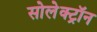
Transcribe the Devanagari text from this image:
सोलेक्ट्रॉन